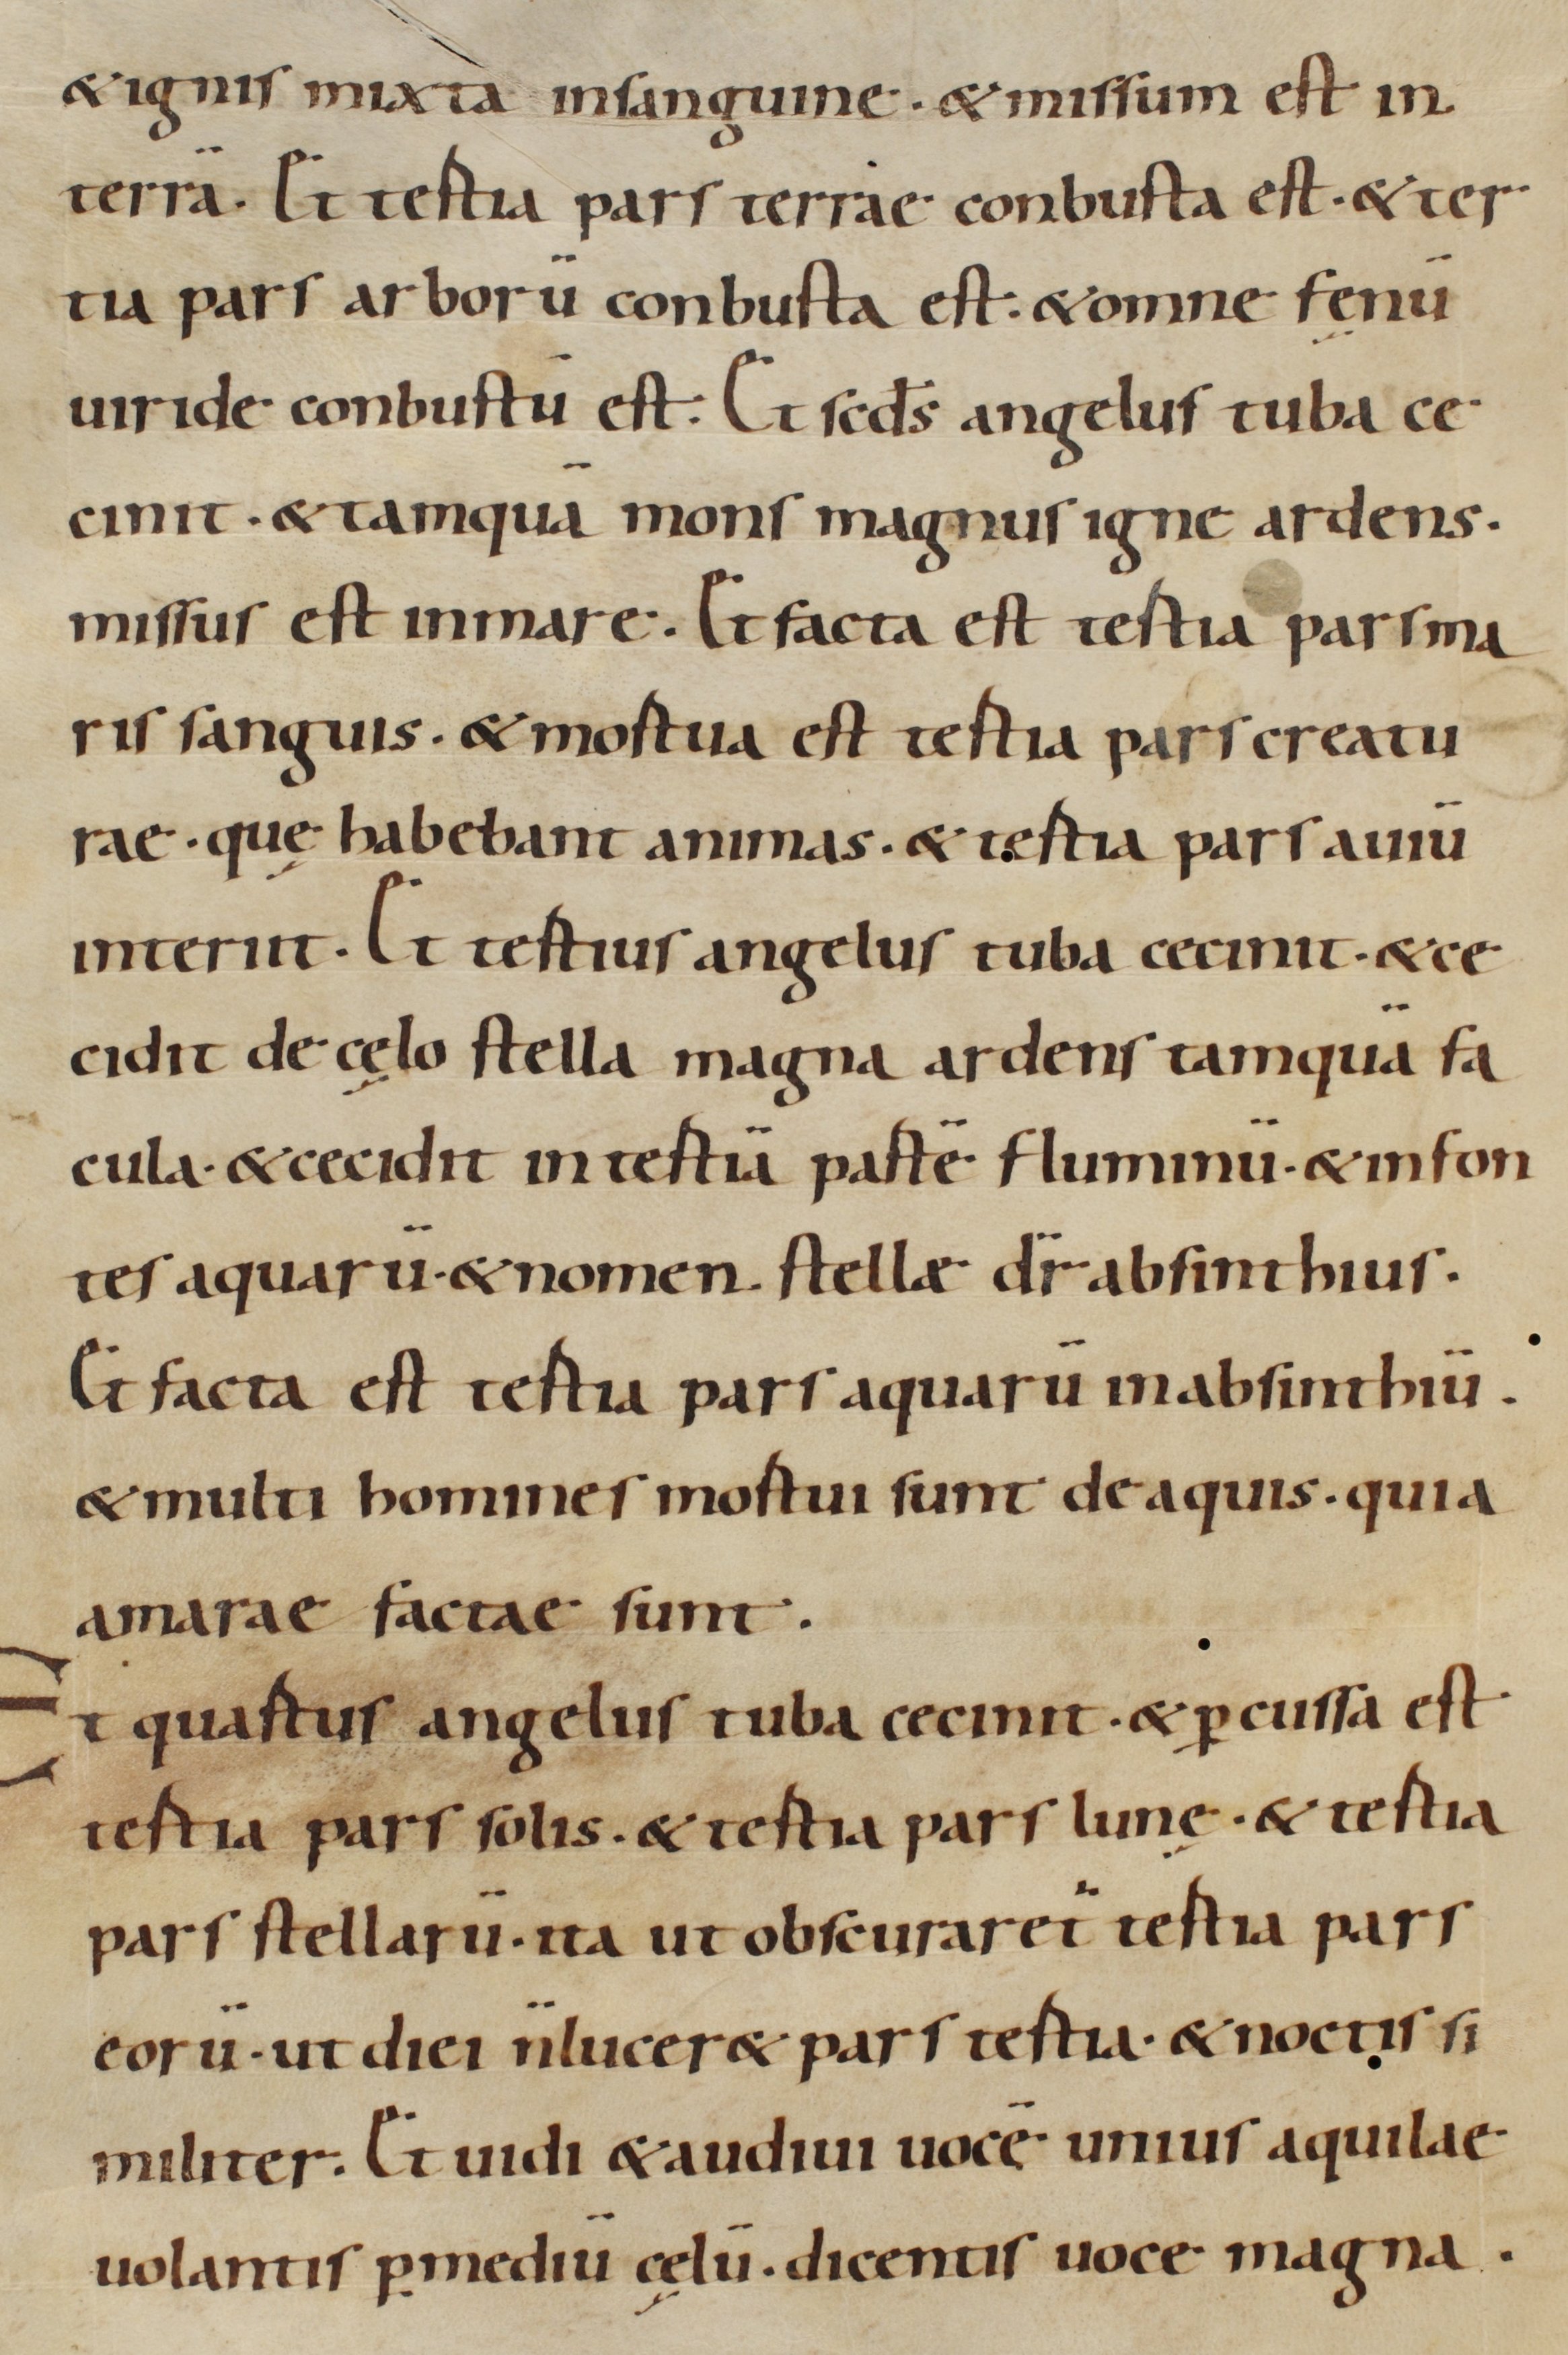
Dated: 900–999